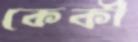
কেকী